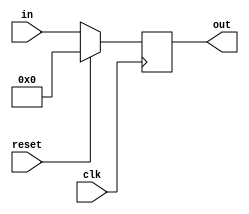
module regN #(
    parameter N = 32
) (
    clk,
    reset,
    in,
    out
);
    input clk, reset;
    output reg [N-1:0] out;
    input [N-1:0] in;
    always @(posedge clk) begin
        if (reset) out <= 'b0;
        else out <= in;
    end
endmodule